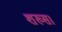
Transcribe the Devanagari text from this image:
शख्स।